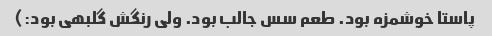
پاستا خوشمزه بود. طعم سس جالب بود. ولی رنگش گلبهی بود:)